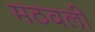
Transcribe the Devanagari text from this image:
मठवली